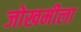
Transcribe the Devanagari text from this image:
जोखमीला